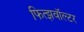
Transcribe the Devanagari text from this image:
फित्झवॉल्टर